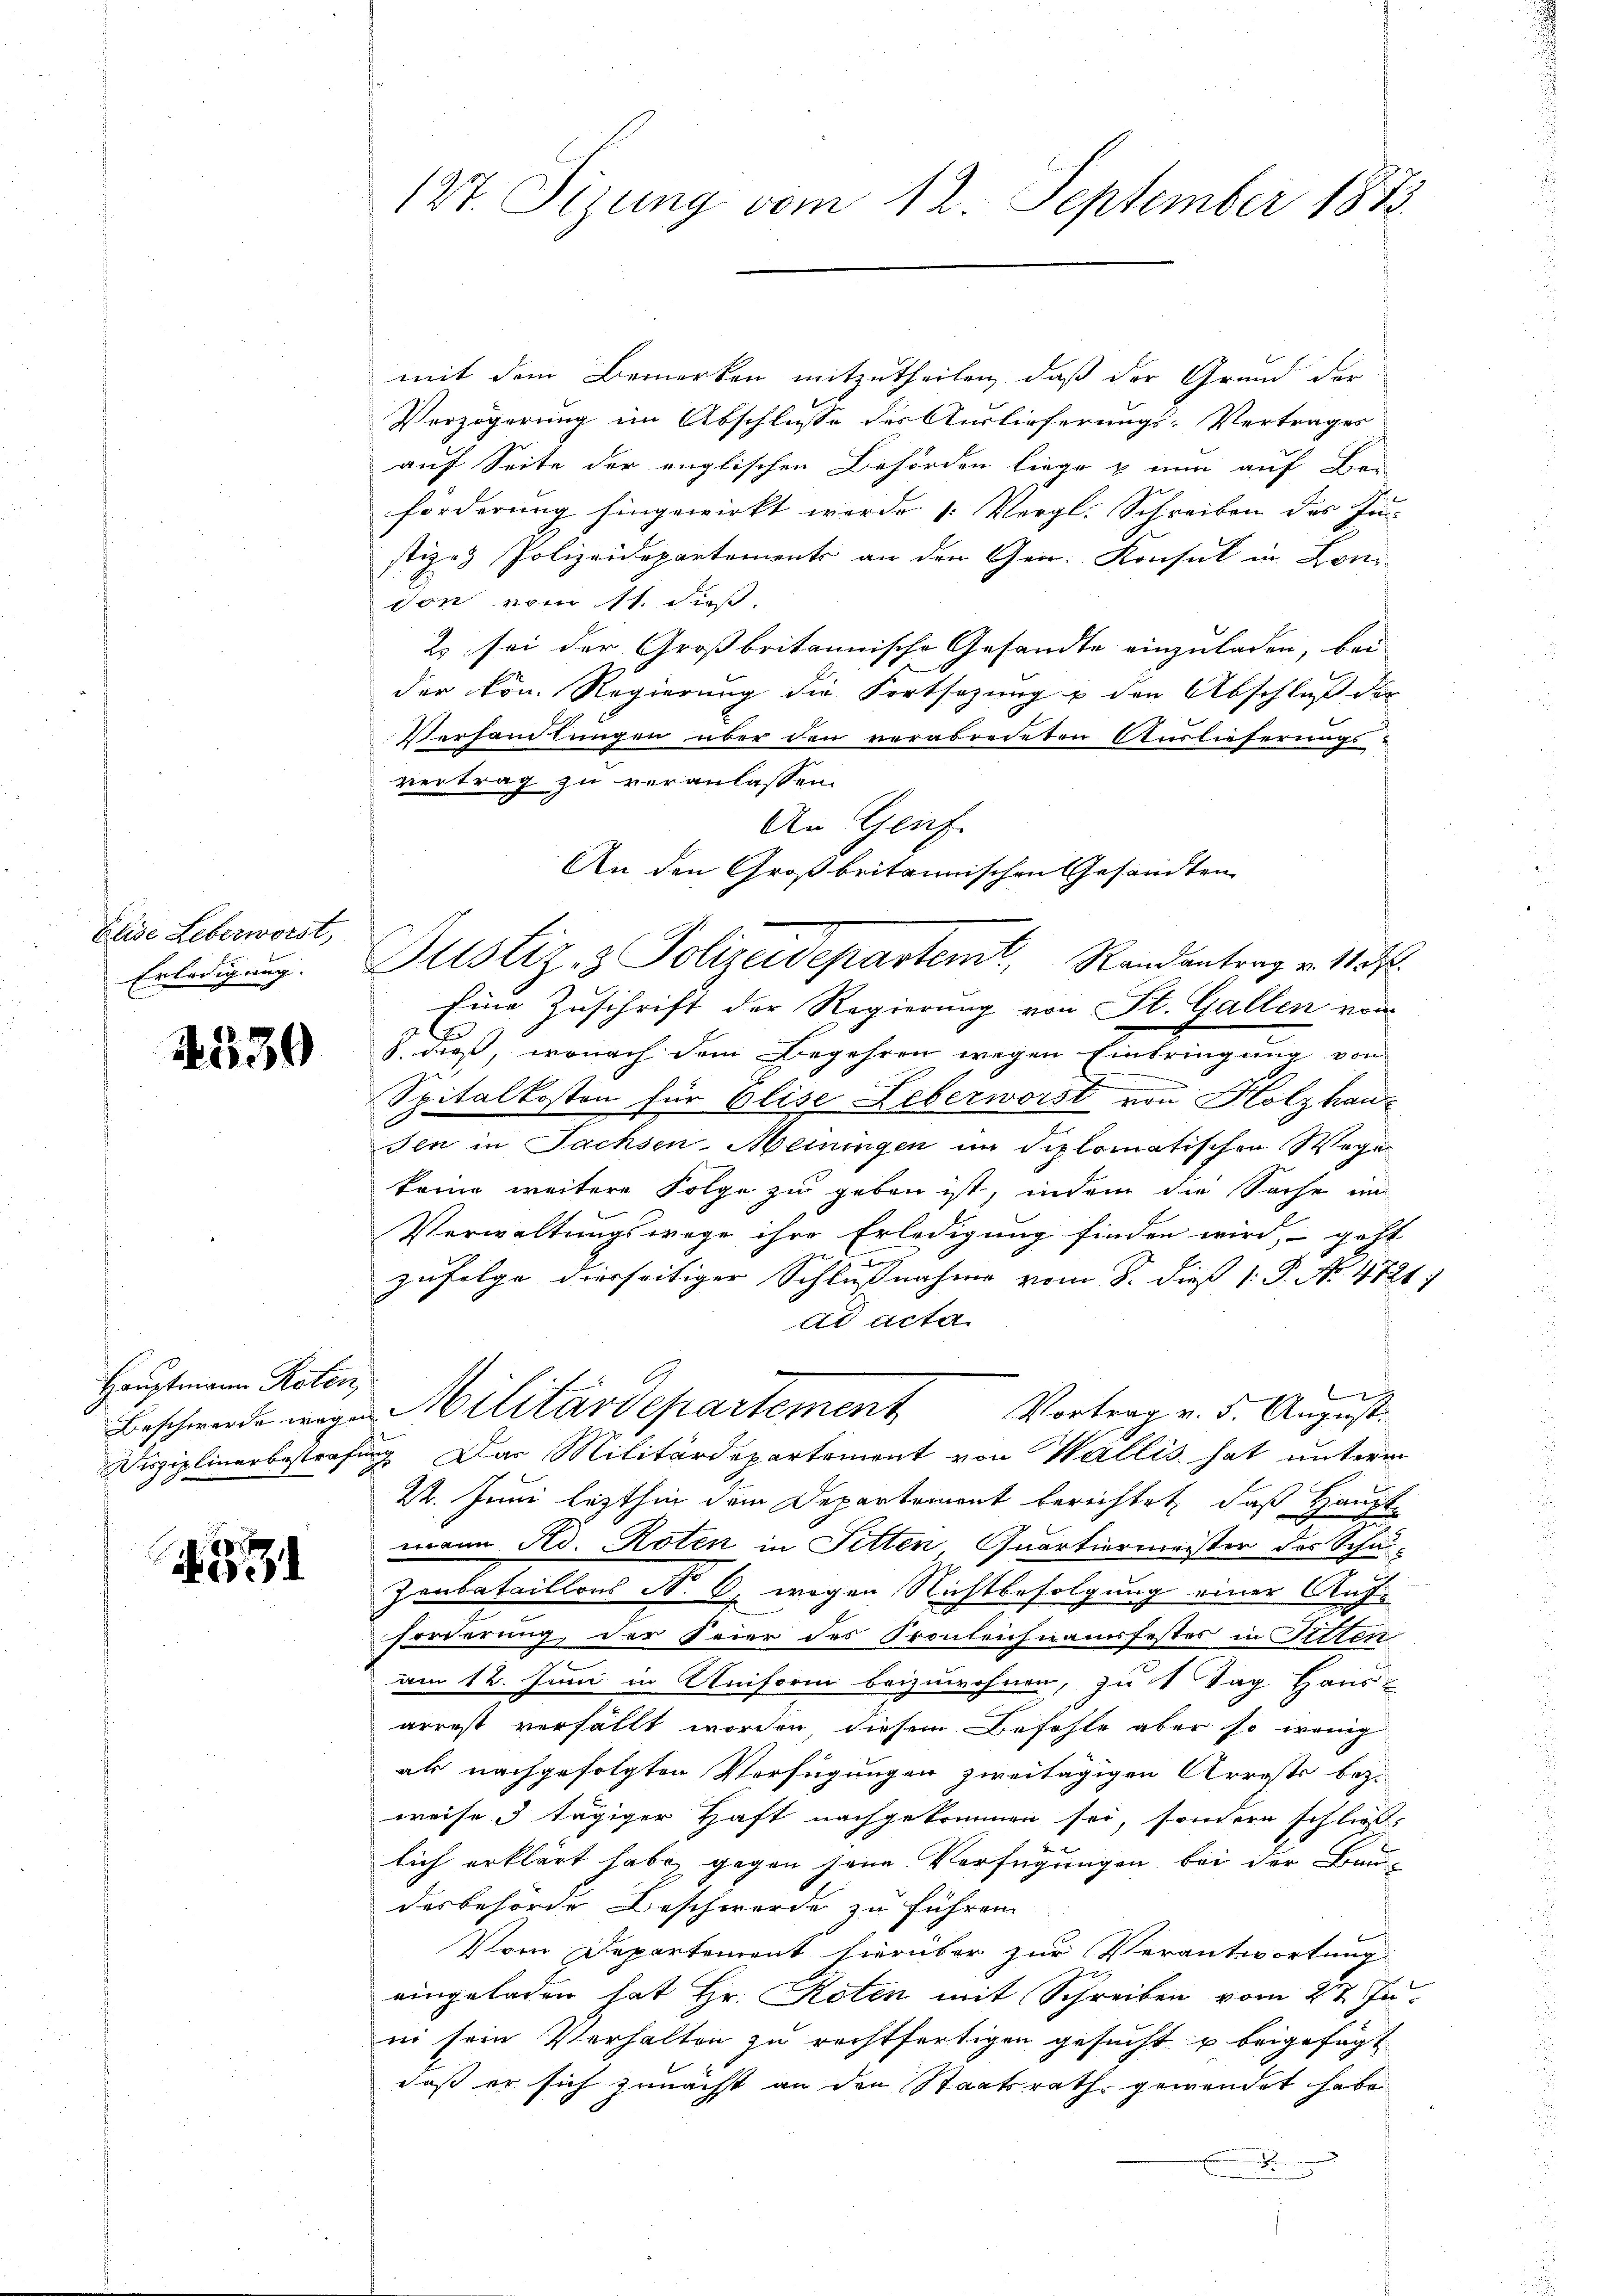
Elise Leberworst
Erledigung.

4539

Hauptmann Roten,

127. Sizung vom 12. September 1873.

mit dem Bemerken mitzutheilen, daß der Grund der
Verzögerung im Abschlusse der Auslieferungs-Vertrages
auf Seite der englischen Behörden liege & nur auf Be-
förderung hingewirkt werde 1. Vergl. Schreiben des Pr
stiz & Polizeidepartements an den Gen. Konsul in Lon-
von vom 11. daß
2 sei der Großbritannische Gesandte einzuladen, bei
s
der kon. Regierung die Fortsezung u den Abschluß der
Verhandlungen über den verabredeten Auslieferungs-
vertrag zu veranlassen.
Justiz- & Polizeidepartent, Randantrag v. 1157.
Eine Zuschrift der Regierung von St. Gallen vom
S. dieß, wonach dem Begehren wegen Eintringung von
Spitalkosten für Elise Leberworst von Holzhausen in Sachsen-Meiningen im diplomatischen Wege
kam weitere Folge zu geben ist, indem die Sache im
Verwaltungswege ihre Erledigung finden wird, geht
r
zufolge diesseitiger Schlußnahme vom 8. dieß P. P. No. 4721:
ad acta
l
Vortrag v. 5. August.
Beschwerde wegen Militärdepartement
Disziplinerbestrafung. Das Militärdepartement von Wallis hat unterm
24. Juni lezthin dem Departement berichtet, daß Hauptmann Ad. Roten in Sitten Quartiermeister des Schau-
Zonbataillons No 6. wegen Richtbefolgung einer Aufforderung, der Feier des Pronleichnamsfestes in Sitten
am 12. Juni in Uniform beizuwohnen, zu 1 Tag Haus
arrest verfällt worden, diesem Befehle aber so wenig
ak nachgefolgten Verfügungen zweitägigen Arrests bezi
weise 3 tägiger Haft nachgekommen sei, sondern schließ¬
u
lich erklärt habe, gegen seine Verfügungen bei der Bau-
desbehörde Beschwerde zu führen
Vom Departement hierüber zur Verantwortung
eingeladen hat Hr. Roten mit Schreiben vom 27. Juin sein Verhalten zu rechtfertigen gesucht u beigefügt
daß er sich zunächst an den Staatsrath gewendet habe.
.

An Geif
An den Großbritannischen Gesandten